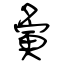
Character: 夤